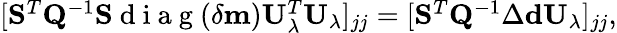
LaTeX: \begin{array}{r}{[\mathbf{S}^{T}\mathbf{Q}^{-1}\mathbf{S}\mathrm{~d~i~a~g~}(\delta\mathbf{m})\mathbf{U}_{\lambda}^{T}\mathbf{U}_{\lambda}]_{jj}=[\mathbf{S}^{T}\mathbf{Q}^{-1}\Delta\mathbf{d}\mathbf{U}_{\lambda}]_{jj},}\end{array}